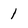
Character: 1